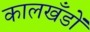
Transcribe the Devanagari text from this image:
कालखँडों